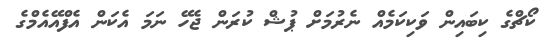
ކޯޗްގެ ކިބައިން ވަކިކަމެއް ނެރުމަށް ޕުޝް ކުރަން ޖެހޭ ނަމަ އެކަން އެފްއޭއެމްގެ